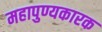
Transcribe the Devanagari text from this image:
महापुण्यकारक